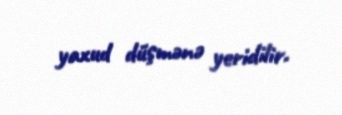
yaxud düşmənə yeridilir.